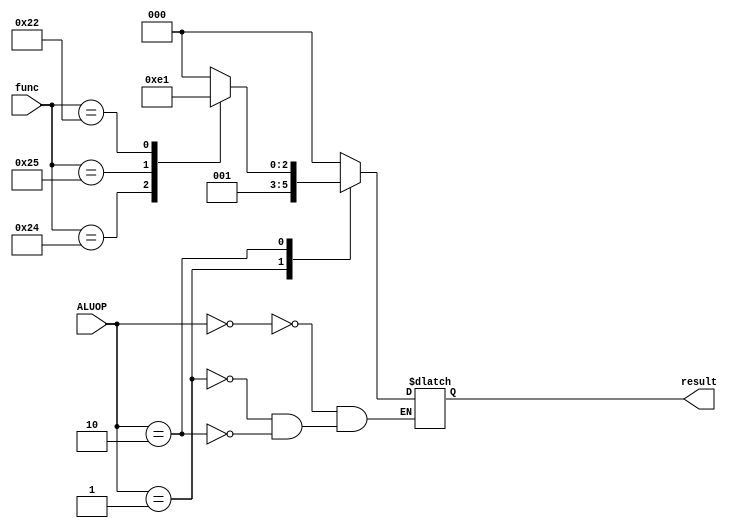


module ALUControl(    
		    input [1:0] ALUOP,
        input [5:0] func,
      		output reg [2:0] result
   	);
   	
	always @ (*) 
	begin
	   case (ALUOP)
      2'b00: result = 3'b000; // sw
      2'b01: result = 3'b001; //beq
      2'b10: 
        case (func)  
          6'b100100 : result = 3'b011; // and
          6'b100101 : result = 3'b100; // or
          6'b100000 : result = 3'b000; // add  
          6'b100010 : result = 3'b001; // sub
          default: result <= 3'b000;
        endcase  
    endcase
	end


endmodule